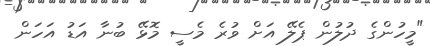
"މީހުންގެ ދުލުން ޕެލޭ އަށް ވުރެ މެސީ މޮޅޭ ބުނާ އަޑު އަހަން